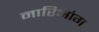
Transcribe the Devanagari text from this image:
नारिआंग